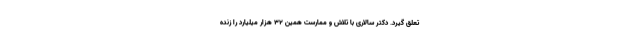
تعلق گیرد. دکتر سالاری با تلاش و ممارست همین 32 هزار میلیارد را زنده